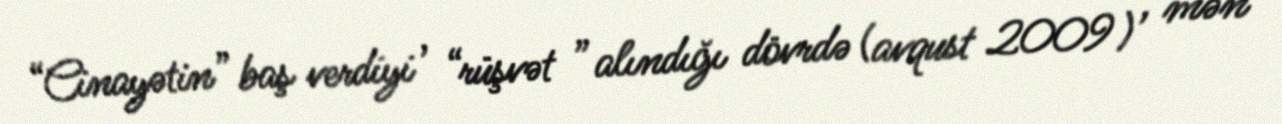
“Cinayətin” baş verdiyi , “rüşvət ” alındığı dövrdə (avqust 2009 ) , mən